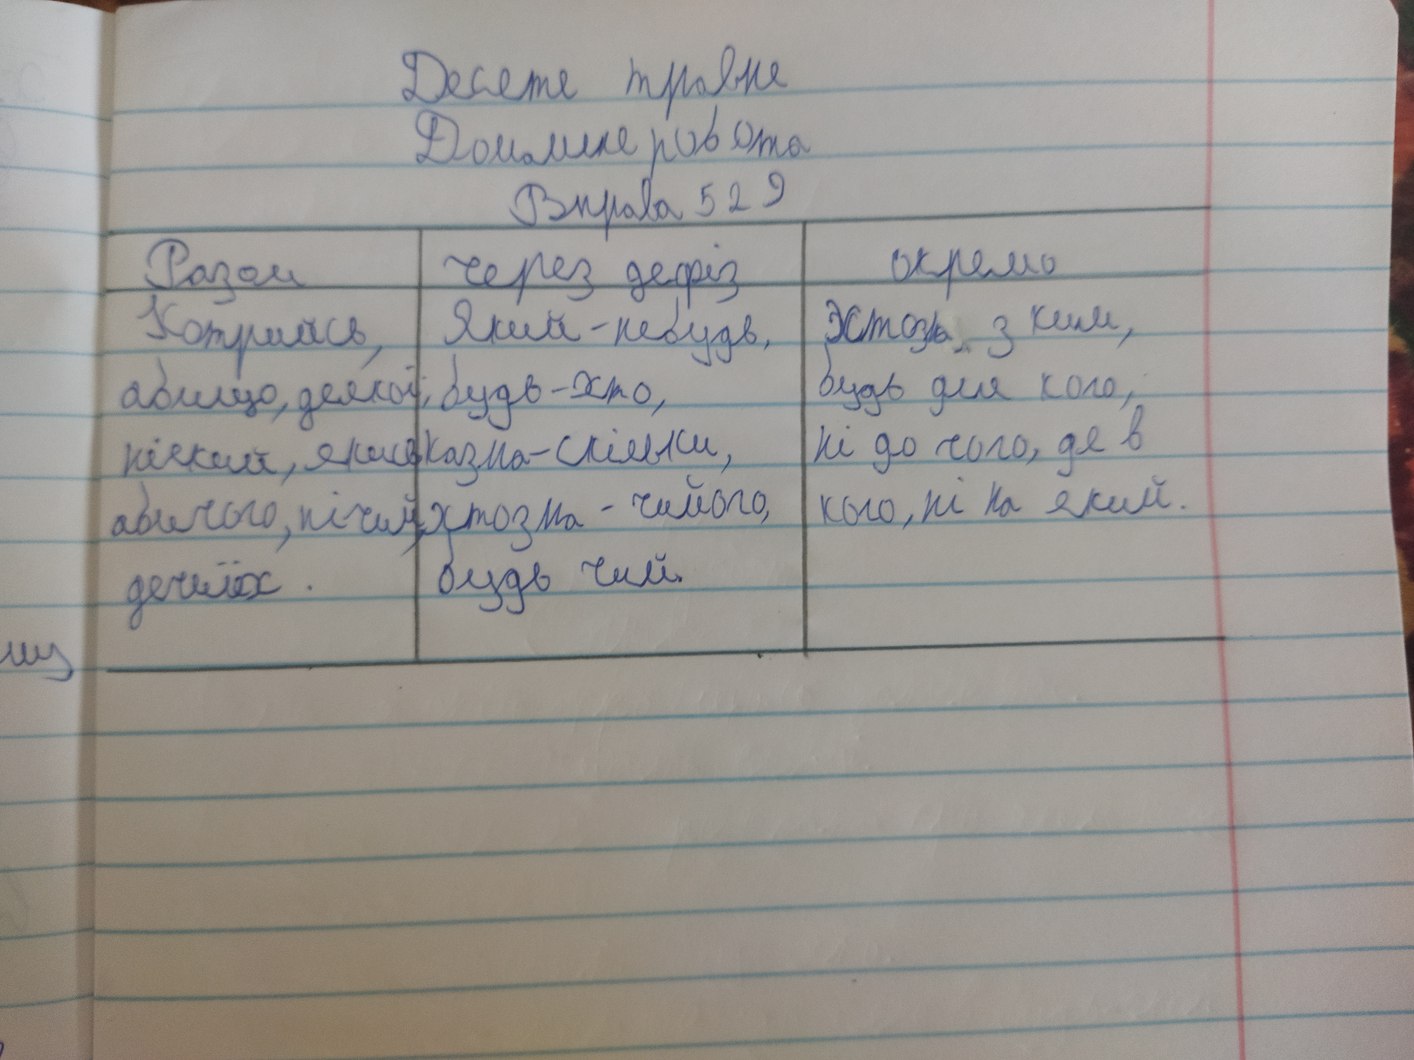
Десяте травня
Домашня робота
Вправа 529
Разом|через дефіз|окремо
Котрийсь, абищо, деякої, ніякий, якись, абичого, нічий, дечиїх.|Який-небудь, будь-хто, казна-скільки, хтозна-чийого, будь-чий.|Хтось з ким, будь для кого, ні до чого, де в кого, ні на який.